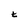
Character: t